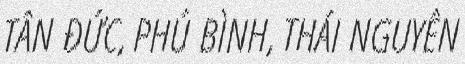
TÂN ĐỨC, PHÚ BÌNH, THÁI NGUYÊN